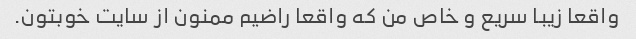
واقعا زیبا سریع و خاص من که واقعا راضیم ممنون از سایت خوبتون.